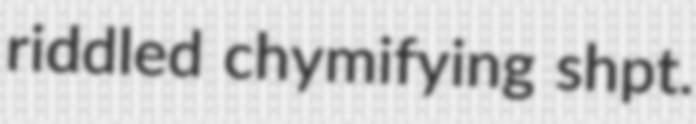
riddled chymifying shpt.